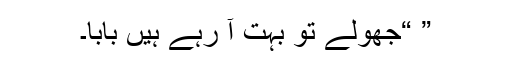
” “جھولے تو بہت آ رہے ہیں بابا۔